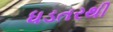
ધડતરથી